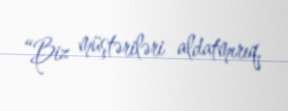
“Biz müştəriləri aldatmırıq.